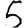
Digit: 5